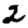
Digit: 2